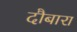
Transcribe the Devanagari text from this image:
दौबारा